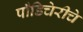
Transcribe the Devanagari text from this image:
पाँडिचेरीचे